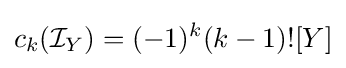
c_{k}({\mathcal {I}}_{Y})=(-1)^{k}(k-1)![Y]